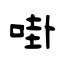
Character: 啩